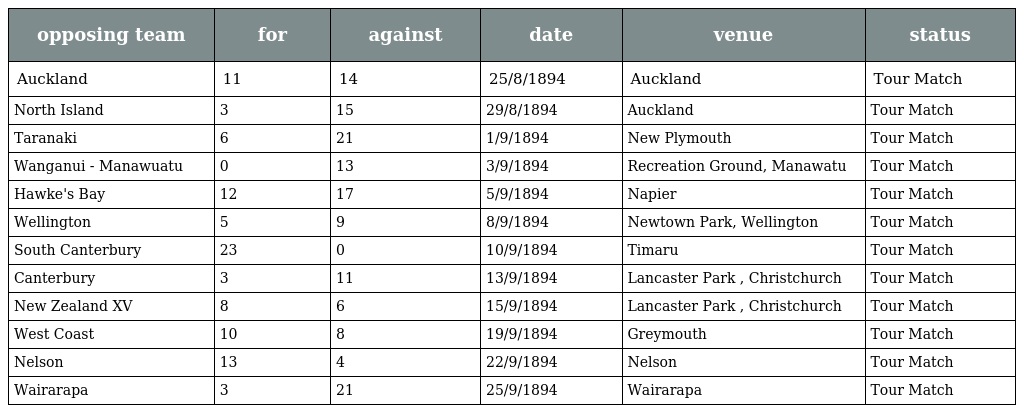
| opposing team | for | against | date | venue | status |
 | --- | --- | --- | --- | --- | --- |
 | Auckland | 11 | 14 | 25/8/1894 | Auckland | Tour Match |
 | North Island | 3 | 15 | 29/8/1894 | Auckland | Tour Match |
 | Taranaki | 6 | 21 | 1/9/1894 | New Plymouth | Tour Match |
 | Wanganui - Manawuatu | 0 | 13 | 3/9/1894 | Recreation Ground, Manawatu | Tour Match |
 | Hawke's Bay | 12 | 17 | 5/9/1894 | Napier | Tour Match |
 | Wellington | 5 | 9 | 8/9/1894 | Newtown Park, Wellington | Tour Match |
 | South Canterbury | 23 | 0 | 10/9/1894 | Timaru | Tour Match |
 | Canterbury | 3 | 11 | 13/9/1894 | Lancaster Park , Christchurch | Tour Match |
 | New Zealand XV | 8 | 6 | 15/9/1894 | Lancaster Park , Christchurch | Tour Match |
 | West Coast | 10 | 8 | 19/9/1894 | Greymouth | Tour Match |
 | Nelson | 13 | 4 | 22/9/1894 | Nelson | Tour Match |
 | Wairarapa | 3 | 21 | 25/9/1894 | Wairarapa | Tour Match |